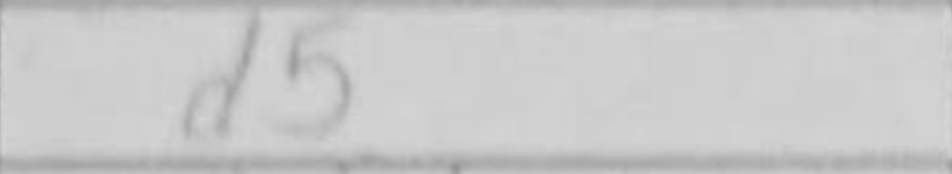
Transcription: d5